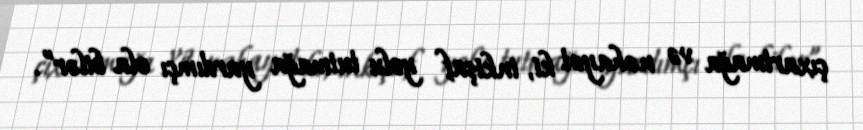
çıxartmağa və nəhayət ki, inkişaf yolu tutmağa yardımçı ola bilər”.